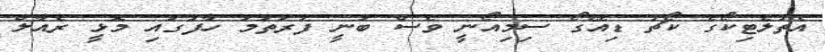
އެތުލެޓިކޯގެ ކޯޗު ޑިއޭގޯ ސިމިއޯނީ ވެސް ބުނީ ފުރަތަމަ ހާފުގައި މޮޅީ ރެއާލް